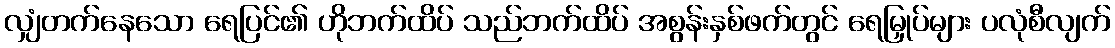
လျှံတက်နေသော ရေပြင်၏ ဟိုဘက်ထိပ် သည်ဘက်ထိပ် အစွန်းနှစ်ဖက်တွင် ရေမြှုပ်များ ပလုံစီလျက်